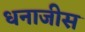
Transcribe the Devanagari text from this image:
धनाजीस